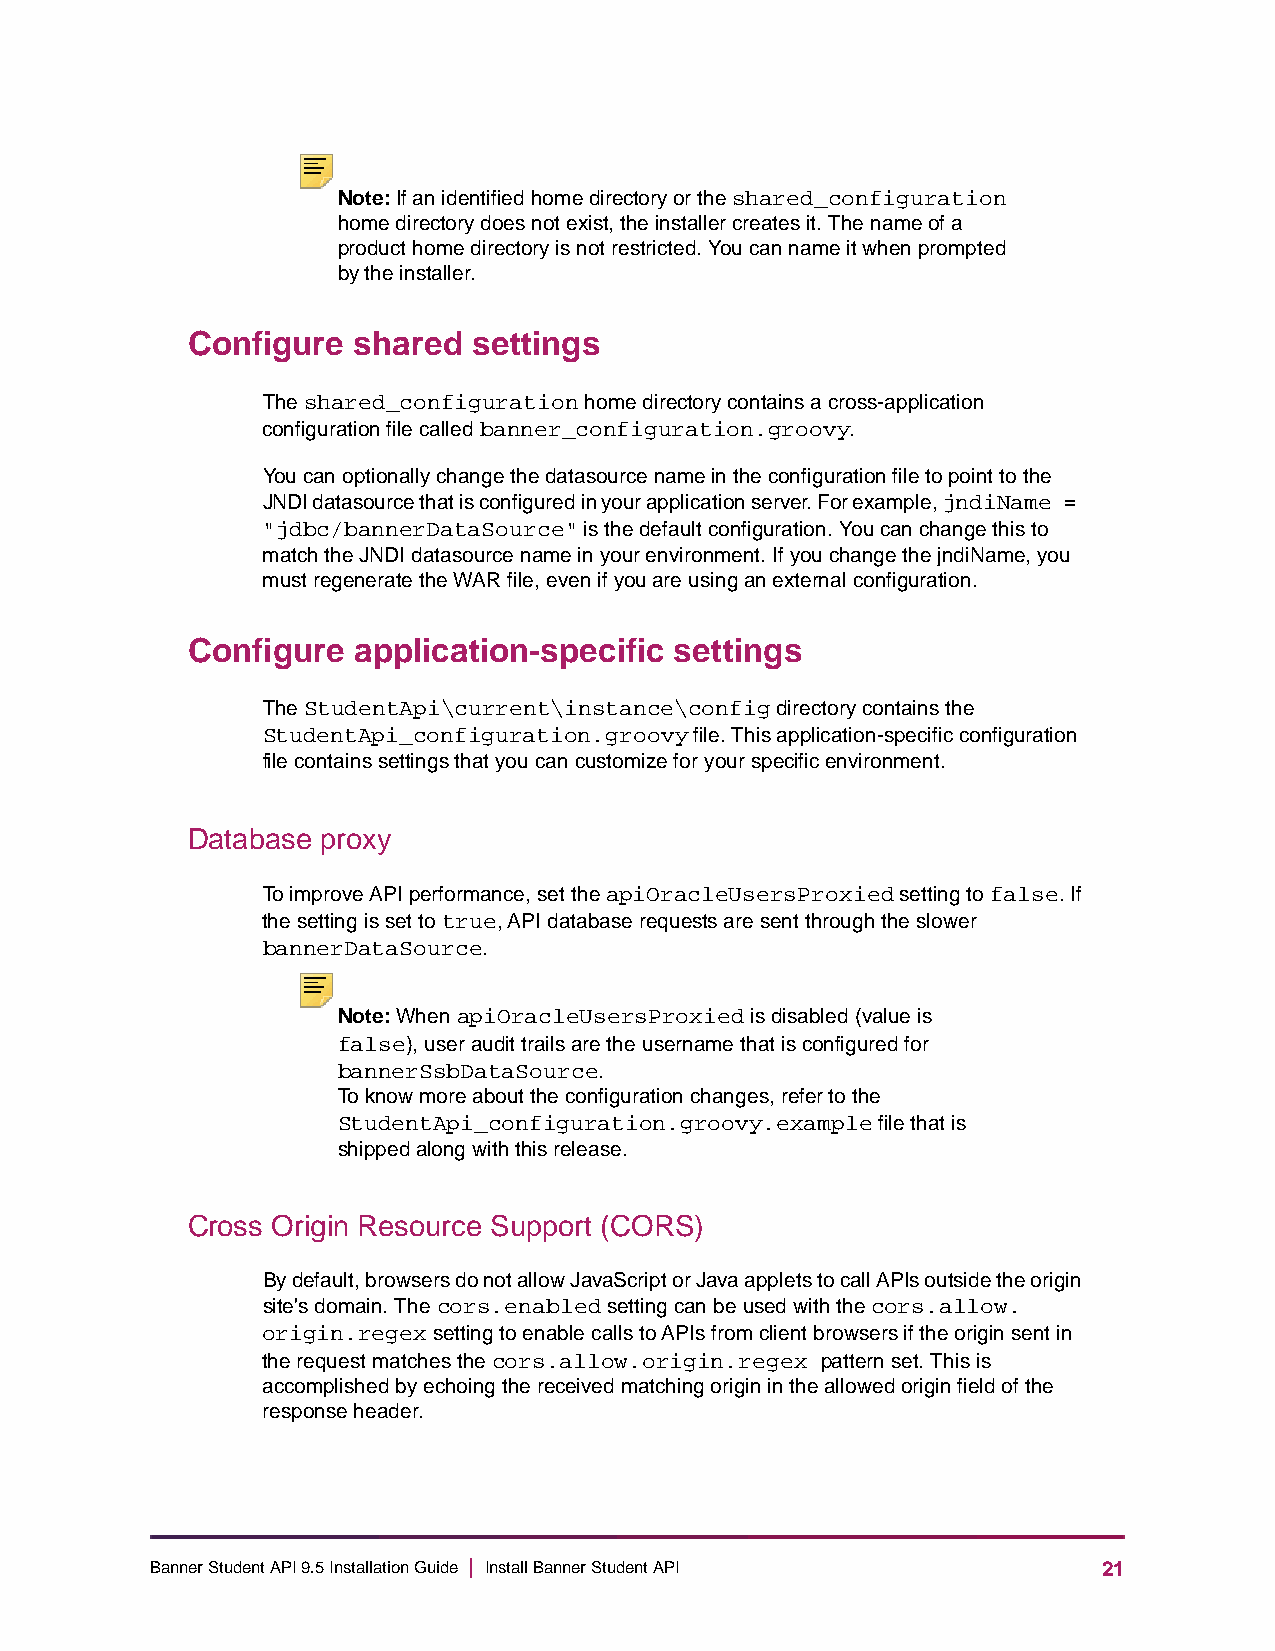
Note: If an identified home directory or the shared_configuration
 home directory does not exist, the installer creates it. The name of a
 product home directory is not restricted. You can name it when prompted
 by the installer.
 Configure  shared  settings
 The shared_configuration home directory contains a cross-application
 configuration file called banner_configuration.groovy.
 You can optionally change the datasource name in the configuration file to point to the
 JNDI datasource that is configured in your application server. For example, jndiName =
 "jdbc/bannerDataSource" is the default configuration. You can change this to
 match the JNDI datasource name in your environment. If you change the jndiName, you
 must regenerate the WAR file, even if you are using an external configuration.
 Configure  application-specific  settings
 The StudentApi\current\instance\config directory contains the
 StudentApi_configuration.groovy file. This application-specific configuration
 file contains settings that you can customize for your specific environment.
 Database proxy
 To improve API performance, set the apiOracleUsersProxied setting to false. If
 the setting is set to true, API database requests are sent through the slower
 bannerDataSource.
 Note: When apiOracleUsersProxied is disabled (value is
 false), user audit trails are the username that is configured for
 bannerSsbDataSource.
 To know more about the configuration changes, refer to the
 StudentApi_configuration.groovy.example file that is
 shipped along with this release.
 Cross Origin Resource Support (CORS)
 By default, browsers do not allow JavaScript or Java applets to call APIs outside the origin
 site's domain. The cors.enabled setting can be used with the cors.allow.
 origin.regex setting to enable calls to APIs from client browsers if the origin sent in
 the request matches the cors.allow.origin.regex pattern set. This is
 accomplished by echoing the received matching origin in the allowed origin field of the
 response header.
 Banner Student API 9.5 Installation Guide | Install Banner Student API 21